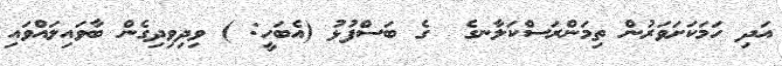
އަދި ހަމަކަށަވަރުން ތިމަންރަސްކަލާނގެ  ގެ ބަސްފުޅު (އެބަހީ: ) ވިދިވިދިގެން ބާވައިލައްވައި